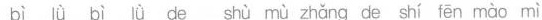
bì lǜ bì lǜ de shù mù zhǎng de shí fēn mào mì